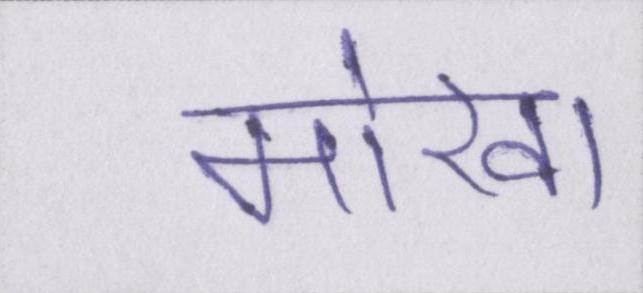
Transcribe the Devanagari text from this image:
मोखा